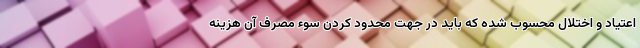
اعتیاد و اختلال محسوب شده که باید در جهت محدود کردن سوء مصرف آن هزینه